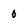
Character: 0